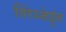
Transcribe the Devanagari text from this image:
तिरेञ्जेडूंत